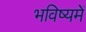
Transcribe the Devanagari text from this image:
भविष्‍यमें